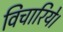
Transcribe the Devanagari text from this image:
विचारिये।